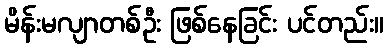
မိန်းမလျာတစ်ဦး ဖြစ်နေခြင်း ပင်တည်း။